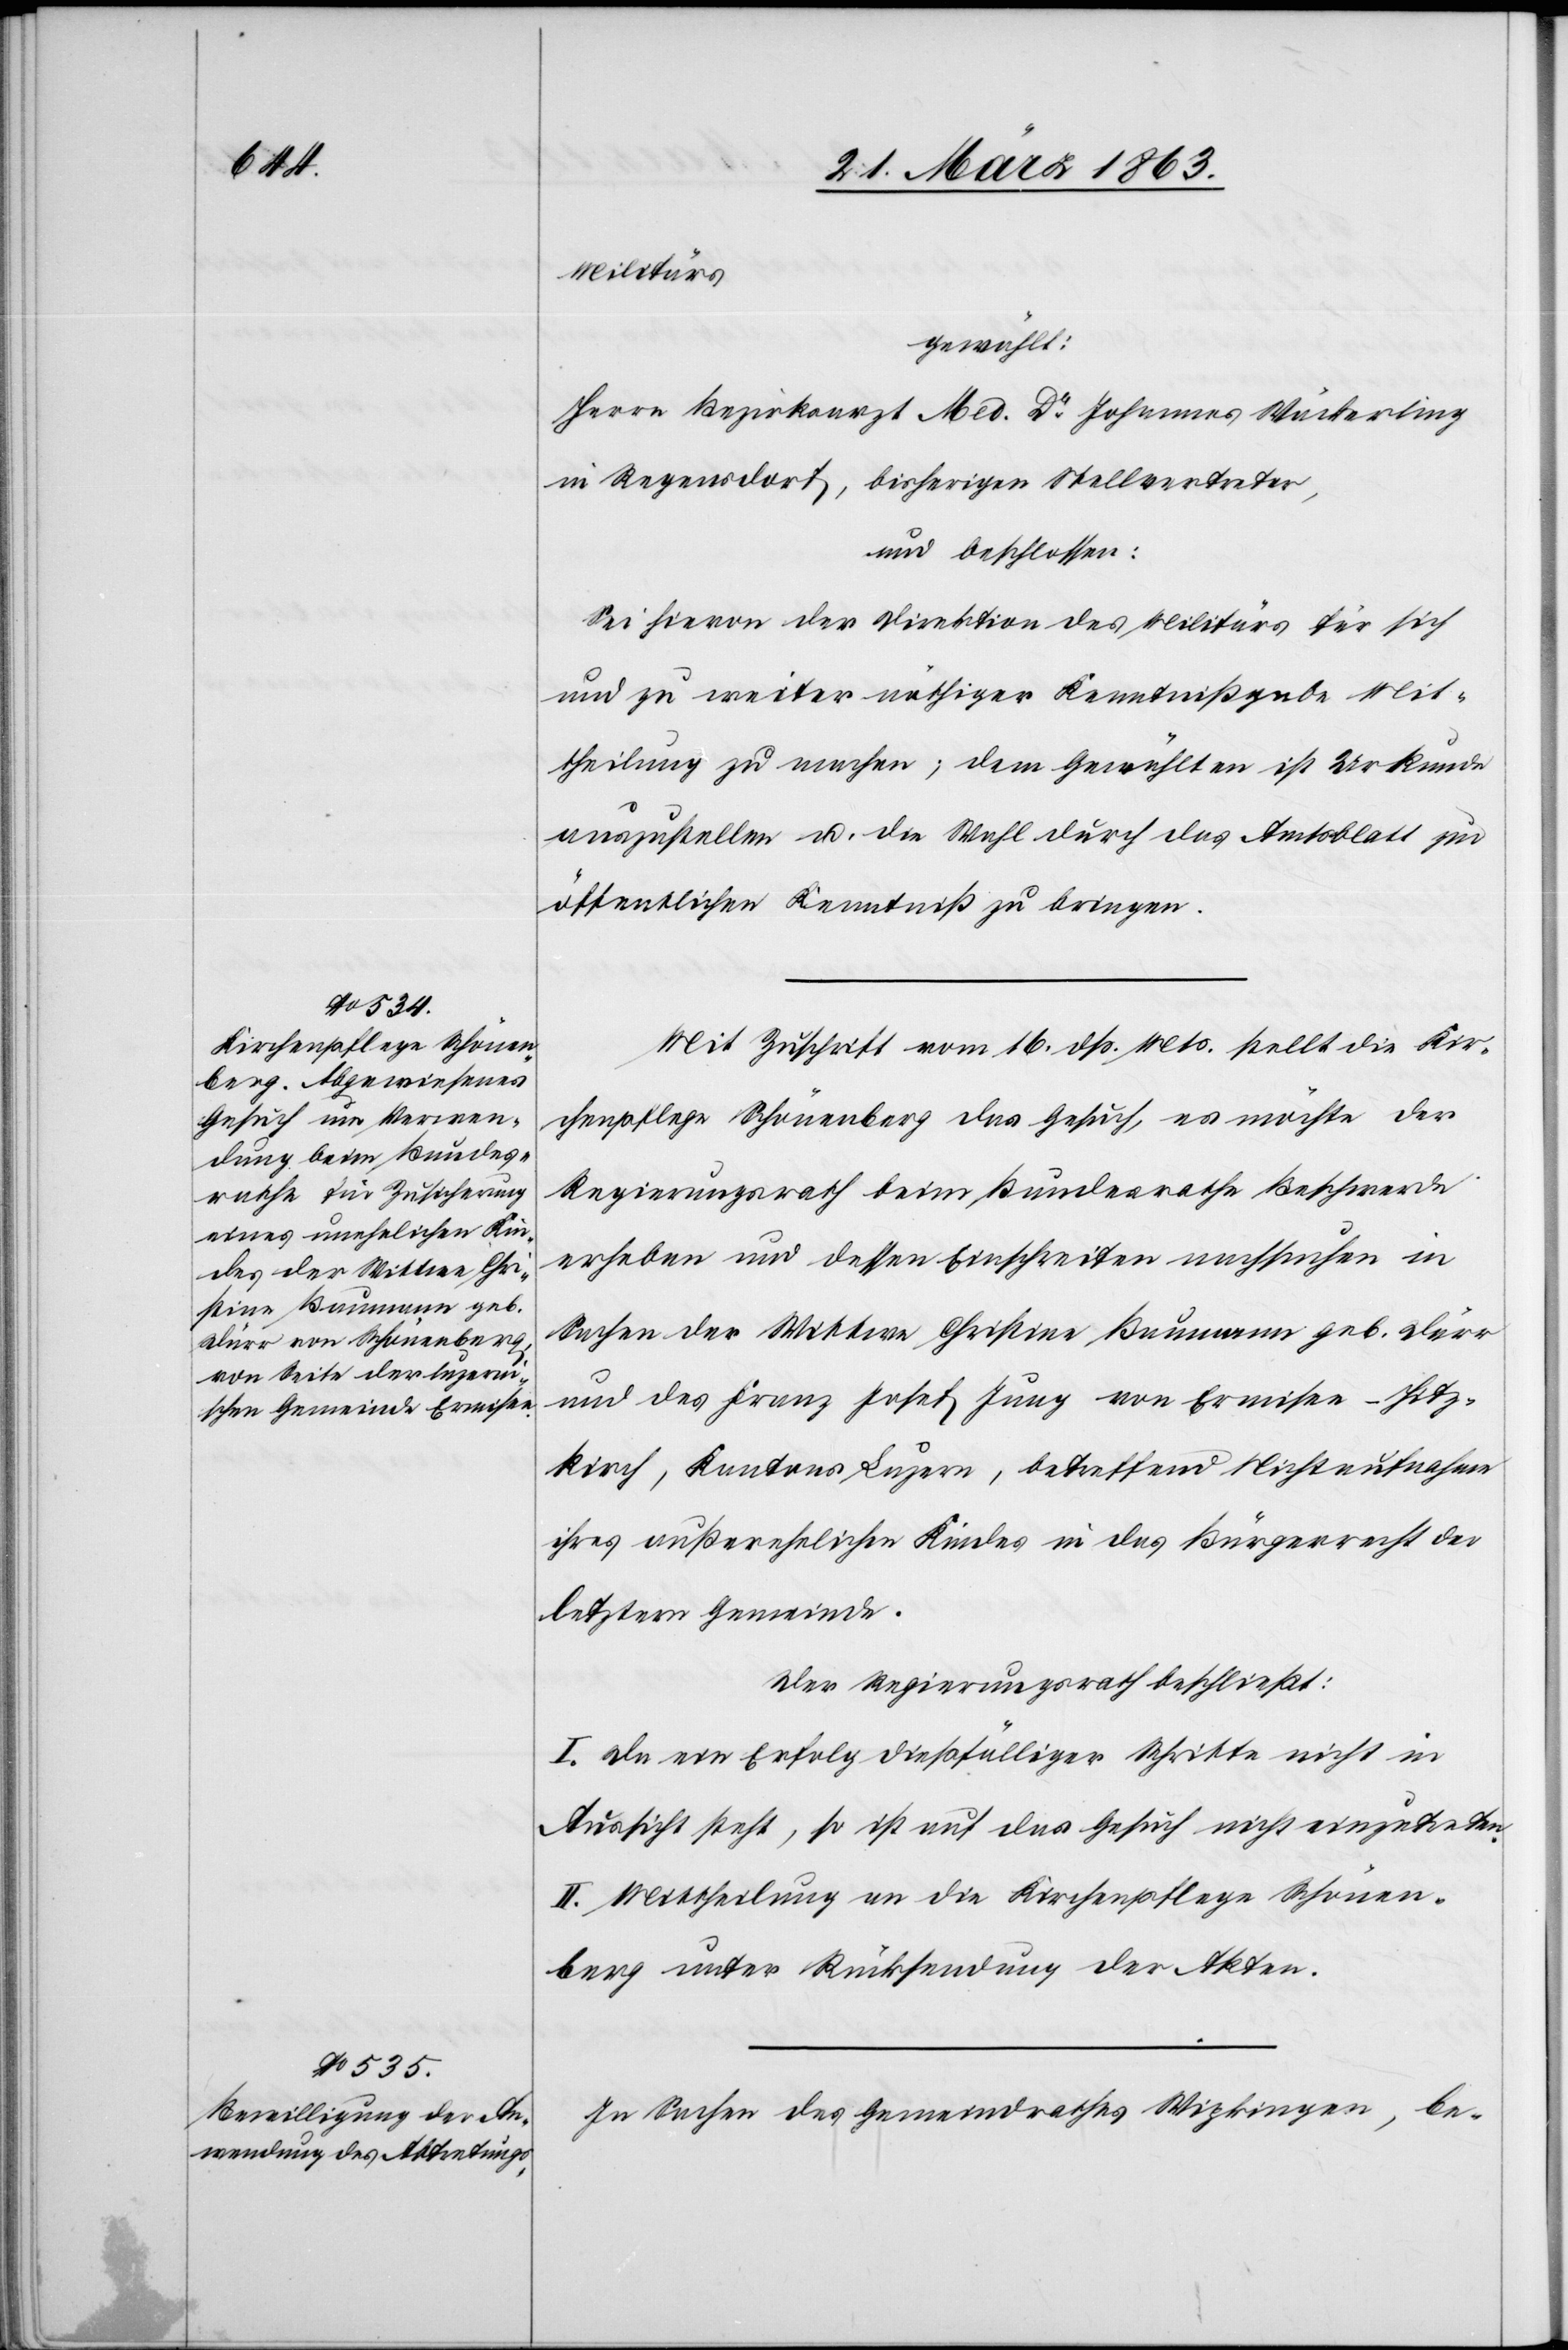
Militärs
gewählt:
Herrn Bezirksarzt Med. Dr Johannes Wäckerling
in Regensdorf, bisherigen Stellvertreter,
und beschlossen:
Sei hievon der Direktion des Militärs für sich
und zu weiter nöthiger Kenntnißgabe Mit¬
theilung zu machen; dem Gewählten ist Urkunde
auszustellen u. die Wahl durch das Amtsblatt zur
öffentlichen Kenntniß zu bringen.
Mit Zuschrift vom 16. dß. Mts. stellt die Kir¬
chenpflege Schönenberg das Gesuch, es möchte der
Regierungsrath beim Bundesrathe Beschwerde
erheben und dessen Einschreiten nachsuchen in
Sachen der Wittwe Christine Baumann geb. Dürr
und des Franz Josef Jung von Ermisee-Hitz¬
kirch, Kantons Luzern, betreffend Nichtaufnahme
ihres außerehelichen Kindes in das Bürgerrecht der
letztern Gemeinde.
Der Regierungsrath beschließt:
I. Da ein Erfolg dießfälliger Schritte nicht in
Aussicht steht, so ist auf das Gesuch nicht einzutreten.
II. Mittheilung an die Kirchenpflege Schönen¬
berg unter Rücksendung der Akten.
In Sachen des Gemeindrathes Wipkingen, be-